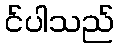
င်ပါသည်